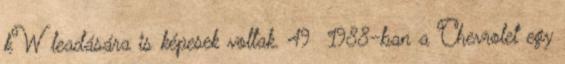
kW leadására is képesek voltak. 49 1988-ban a Chevrolet egy